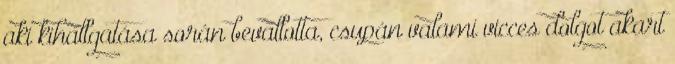
aki kihallgatása során bevallotta, csupán valami vicces dolgot akart